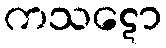
ကသဋော